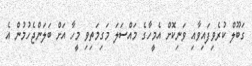
ގަބޫލް ކުރެވިފައިވާއި ވަނިކޮށް އެމީހާގެ މައްސަލަ މަގިމަތިވި މީހާ އަށް ބަލަންޖެހުމުން އެ